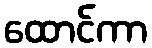
ထောင်ကာ